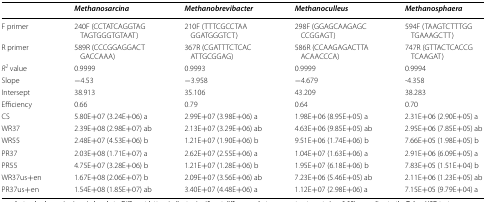
<table><thead><tr><td></td><td><b><i>Methanosarcina</i></b></td><td><b><i>Methanobrevibacter</i></b></td><td><b><i>Methanoculleus</i></b></td><td><b><i>Methanosphaera</i></b></td></tr></thead><tbody><tr><td>F primer</td><td>240F (CCTATCAGGTAGTAGTGGGTGTAAT)</td><td>210F (TTTCGCCTAAGGATGGGTCT)</td><td>298F (GGAGCAAGAGCCCGGAGT)</td><td>594F (TAAGTCTTTGGTGAAAGCTT)</td></tr><tr><td>R primer</td><td>589R (CCCGGAGGACTGACCAAA)</td><td>367R (CGATTTCTCACATTGCGGAG)</td><td>586R (CCAAGAGACTTAACAACCCA)</td><td>747R (GTTACTCACCGTCAAGAT)</td></tr><tr><td><i>R</i><sup><i>2</i></sup> value</td><td>0.9999</td><td>0.9993</td><td>0.9999</td><td>0.9994</td></tr><tr><td>Slope</td><td>−4.53</td><td>−3.958</td><td>−4.679</td><td>-4.358</td></tr><tr><td>Intersept</td><td>38.913</td><td>35.106</td><td>43.209</td><td>38.283</td></tr><tr><td>Efficiency</td><td>0.66</td><td>0.79</td><td>0.64</td><td>0.70</td></tr><tr><td>CS</td><td>5.80E+07 (3.24E+06) a</td><td>2.99E+07 (3.98E+06) a</td><td>1.98E+06 (8.95E+05) a</td><td>2.31E+06 (2.90E+05) a</td></tr><tr><td>WR37</td><td>2.39E+08 (2.98E+07) ab</td><td>2.13E+07 (3.29E+06) ab</td><td>4.63E+06 (9.85E+05) ab</td><td>2.95E+06 (7.85E+05) ab</td></tr><tr><td>WR55</td><td>2.48E+07 (4.53E+06) b</td><td>1.21E+07 (1.90E+06) b</td><td>9.51E+06 (1.74E+06) b</td><td>7.66E+05 (1.98E+05) b</td></tr><tr><td>PR37</td><td>2.03E+08 (1.71E+07) a</td><td>2.62E+07 (2.55E+06) a</td><td>1.04E+07 (1.63E+06) a</td><td>2.91E+06 (6.09E+05) a</td></tr><tr><td>PR55</td><td>4.75E+07 (3.28E+06) b</td><td>1.21E+07 (1.28E+06) b</td><td>1.95E+07 (6.18E+06) b</td><td>7.83E+05 (1.51E+04) b</td></tr><tr><td>WR37us+en</td><td>1.67E+08 (2.06E+07) b</td><td>2.09E+07 (3.56E+06) ab</td><td>7.23E+06 (5.46E+05) ab</td><td>2.11E+06 (1.23E+05) ab</td></tr><tr><td>PR37us+en</td><td>1.54E+08 (1.85E+07) ab</td><td>3.40E+07 (4.48E+06) a</td><td>1.12E+07 (2.98E+06) a</td><td>7.15E+05 (9.79E+04) a</td></tr></tbody></table>